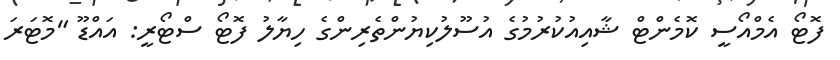
ފޮޓޯ އެމްއޯސީ ކޮމެންޓް ޝާއިއުކުރުމުގެ އުސޫލުކިޔުންތެރިންގެ ހިޔާލު ފޮޓޯ ސްޓޯރީ: އައްޑޫ "މޮޓަރަ